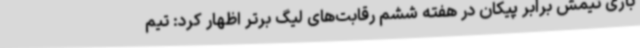
بازی تیمش برابر پیکان در هفته ششم رقابت‌های لیگ برتر اظهار کرد: تیم